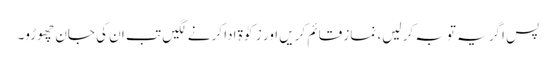
پس اگر یہ توبہ کر لیں، نماز قائم کریں اور زکوٰۃ ادا کرنے لگیں تب ان کی جان چھوڑو۔